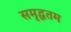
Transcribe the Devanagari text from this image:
समृद्धतम